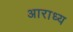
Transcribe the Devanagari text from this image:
अाराध्य